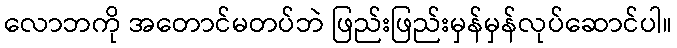
လောဘကို အတောင်မတပ်ဘဲ ဖြည်းဖြည်းမှန်မှန်လုပ်ဆောင်ပါ။